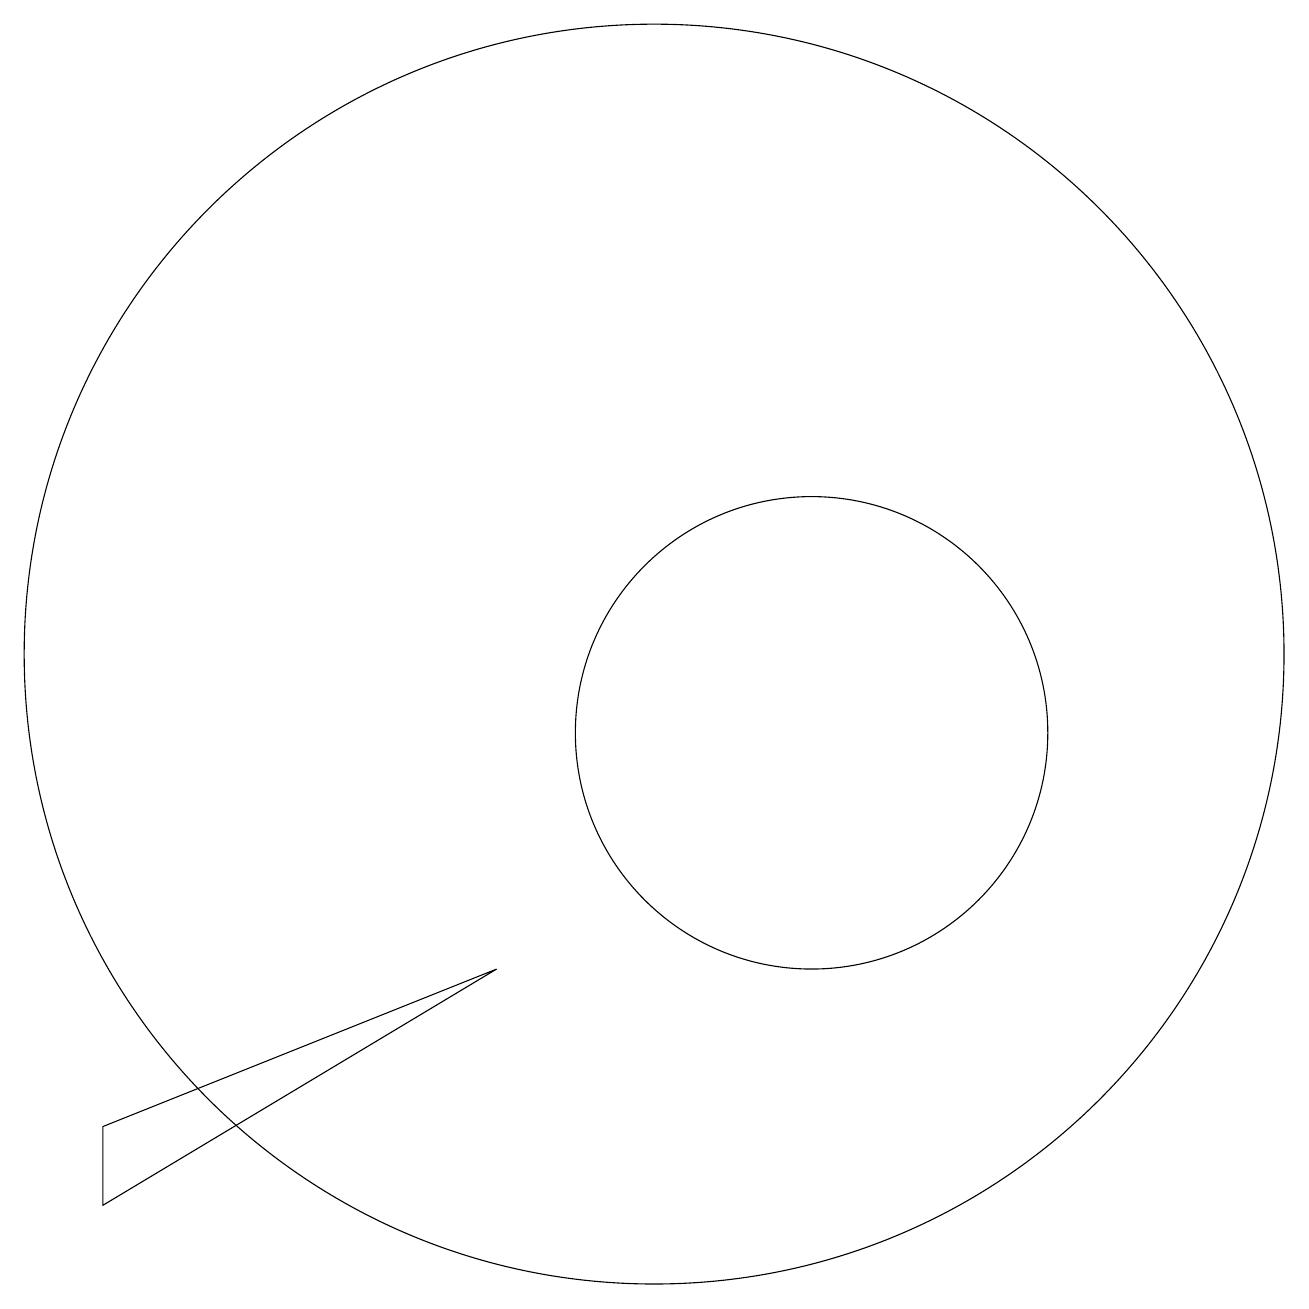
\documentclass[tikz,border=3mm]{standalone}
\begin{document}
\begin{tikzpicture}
\draw (12,11) circle (3);
\draw (10,12) circle (8);
\draw (3,6) -- (3,5) -- (8,8) -- cycle;
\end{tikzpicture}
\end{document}